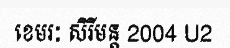
ខេមរៈ សិរីមន្ត 2004 U2